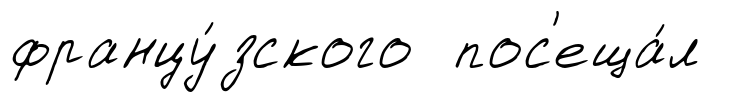
францу́зского пос'еща́л